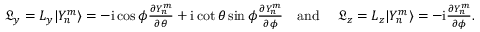
\begin{array} { r } { \mathfrak { L } _ { y } = L _ { y } | Y _ { n } ^ { m } \rangle = - \mathrm { i } \cos \phi \frac { \partial Y _ { n } ^ { m } } { \partial \theta } + \mathrm { i } \cot \theta \sin \phi \frac { \partial Y _ { n } ^ { m } } { \partial \phi } \quad \mathrm { a n d \ } \quad \mathfrak { L } _ { z } = L _ { z } | Y _ { n } ^ { m } \rangle = - \mathrm { i } \frac { \partial Y _ { n } ^ { m } } { \partial \phi } . } \end{array}